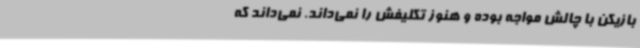
بازیکن با چالش مواجه بوده و هنوز تکلیفش را نمی‌داند. نمی‌داند که